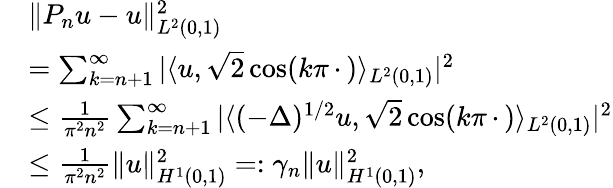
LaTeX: \begin{array}{rl}&{\| P_{n}u-u\| _{L^{2}(0,1)}^{2}}\\ &{=\sum_{k=n+1}^{\infty}|\langle u,\sqrt{2}\cos(k\pi\, \cdot\, )\rangle_{L^{2}(0,1)}|^{2}}\\ &{\leq\frac{1}{\pi^{2}n^{2}}\sum_{k=n+1}^{\infty}|\langle(-\Delta)^{1/2}u,\sqrt{2}\cos(k\pi\, \cdot\, )\rangle_{L^{2}(0,1)}|^{2}}\\ &{\leq\frac{1}{\pi^{2}n^{2}}\| u\| _{H^{1}(0,1)}^{2}=:\gamma_{n}\| u\| _{H^{1}(0,1)}^{2},}\end{array}